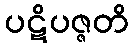
ပဋိပဇ္ဇတိ